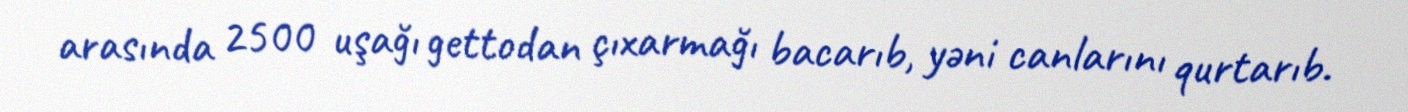
arasında 2500 uşağı gettodan çıxarmağı bacarıb, yəni canlarını qurtarıb.